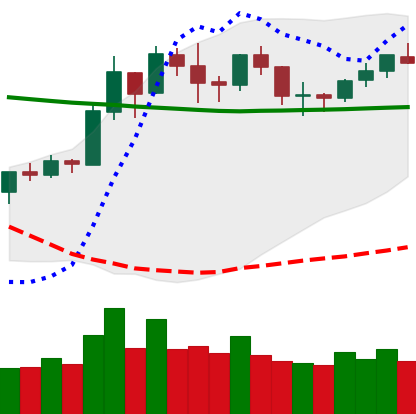
Ticker: BNB-USD
Chart end date: 2020-01-29
Forward return: 3.07%
Label: up_3_5